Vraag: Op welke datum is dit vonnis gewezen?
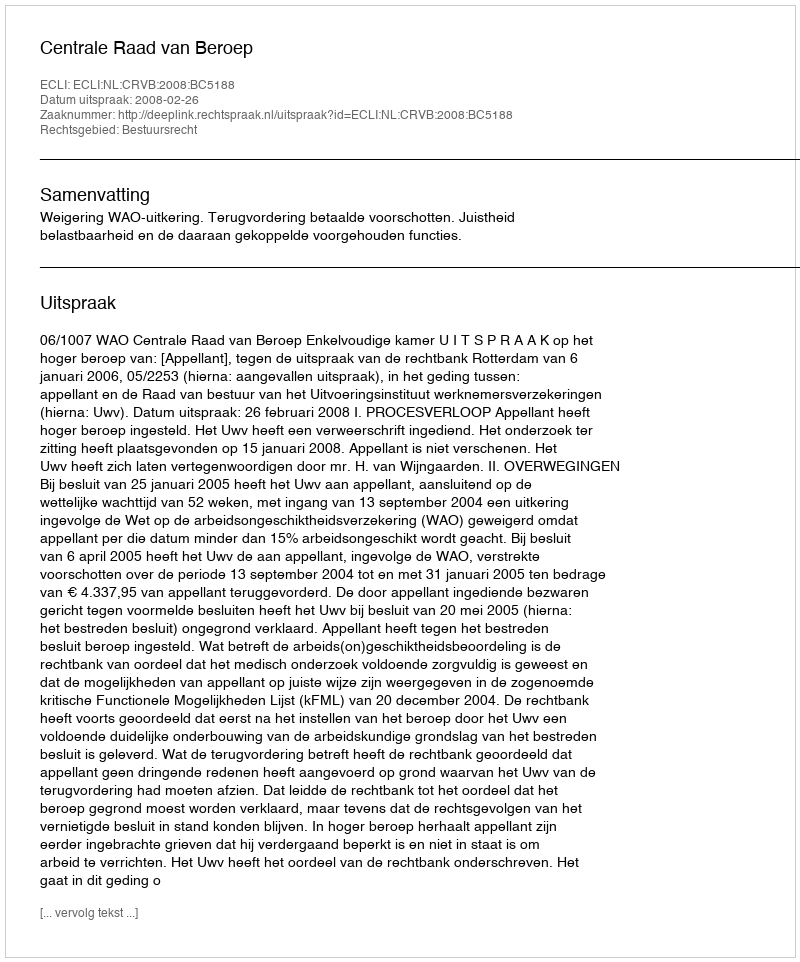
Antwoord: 2008-02-26